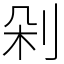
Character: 剁